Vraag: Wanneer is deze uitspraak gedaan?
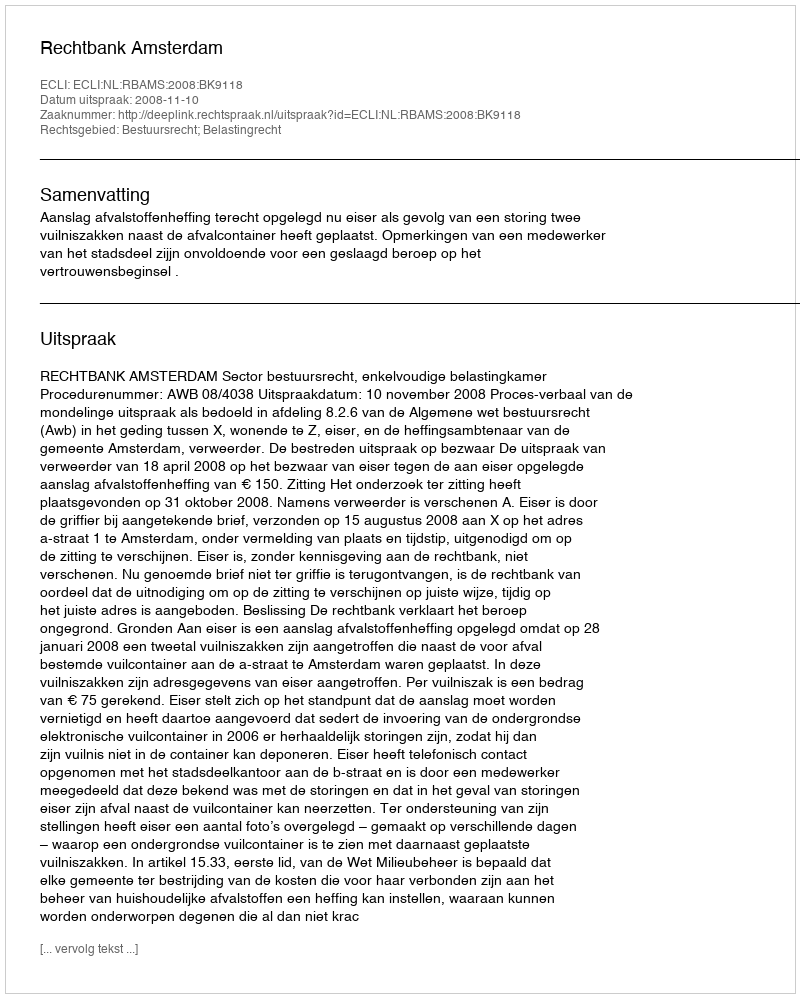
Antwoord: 2008-11-10